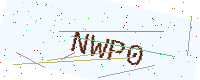
Text: NWP0